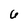
Character: 6